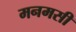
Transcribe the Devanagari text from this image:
मनमसी